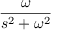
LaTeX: \frac { \omega } { s ^ { 2 } + \omega ^ { 2 } }